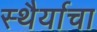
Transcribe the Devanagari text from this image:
स्थैर्याचा